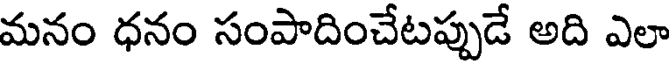
మనం ధనం సంపాదించేటప్పుడే అది ఎలా